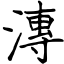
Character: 漙